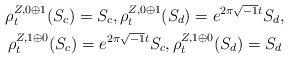
LaTeX: \begin{gather*}\rho_t^{Z, 0\oplus 1}(S_c) = S_c,\rho_t^{Z, 0\oplus 1}(S_d) = e^{2\pi\sqrt{-1}t}S_d,\\\rho_t^{Z, 1\oplus 0}(S_c) = e^{2\pi\sqrt{-1}t}S_c,\rho_t^{Z, 1\oplus 0}(S_d) = S_d\end{gather*}